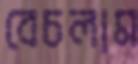
বেচলাম